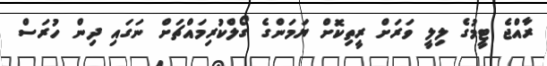
ރާއްޖެ ޓީމުގެ ލިލީ ވަރަށް ރީތިކޮށް ޔަމަންގެ ގޯލްކުރިމައްޗަށް ނަގައި ދިން ހުރަސް